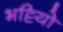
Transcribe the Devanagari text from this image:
भट्टियो